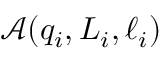
\mathscr { A } ( q _ { i } , L _ { i } , \ell _ { i } )